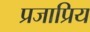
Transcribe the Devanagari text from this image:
प्रजाप्रिय